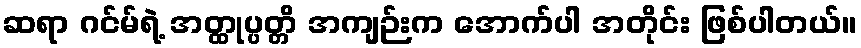
ဆရာ ဂင်မ်ရဲ့ အတ္ထုပ္ပတ္တိ အကျဉ်းက အောက်ပါ အတိုင်း ဖြစ်ပါတယ်။